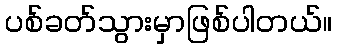
ပစ်ခတ်သွားမှာဖြစ်ပါတယ်။